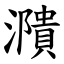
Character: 濻